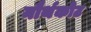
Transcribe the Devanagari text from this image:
नौर्थकोट